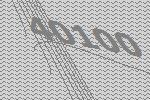
40100